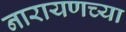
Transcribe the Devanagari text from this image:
नारायणच्या